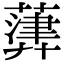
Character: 𦽷